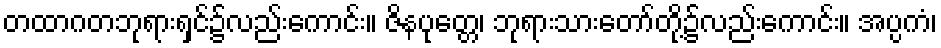
တထာဂတဘုရားရှင်၌လည်းကောင်း။ ဇိနပုတ္တေ၊ ဘုရားသားတော်တို့၌လည်းကောင်း။ အပ္ပကံ၊